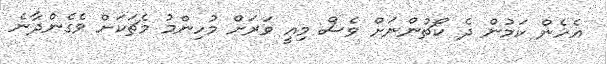
އެހެން ކަމުން ދެ ކޯޗުންނަށް ވެސް މިއީ ވަރަށް މުހިންމު މެޗަކަށް ވެގެންދާނެ